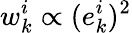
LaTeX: w_{k}^{i}\propto(e_{k}^{i})^{2}